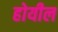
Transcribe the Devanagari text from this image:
होयील